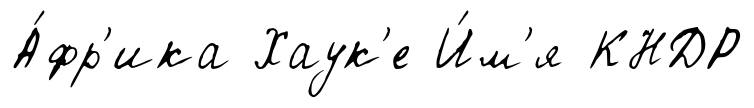
А́фр'ика Хаук'е И́м'я КНДР